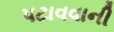
પટાવવાની